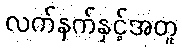
လက်နက်နှင့်အတူ